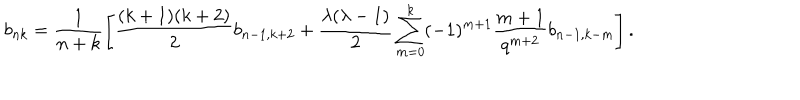
b _ { n k } = \frac { 1 } { n + k } \left[ \frac { ( k + 1 ) ( k + 2 ) } { 2 } b _ { n - 1 , k + 2 } + \frac { \lambda ( \lambda - 1 ) } { 2 } \sum _ { m = 0 } ^ { k } ( - 1 ) ^ { m + 1 } \frac { m + 1 } { q ^ { m + 2 } } b _ { n - 1 , k - m } \right] .